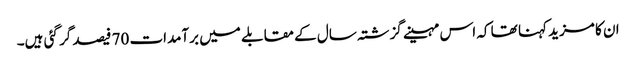
ان کا مزید کہنا تھا کہ اس مہینے گزشتہ سال کے مقابلے میں برآمدات 70 فیصد گر گئی ہیں۔